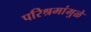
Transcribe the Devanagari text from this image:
परिश्रमांमुळे